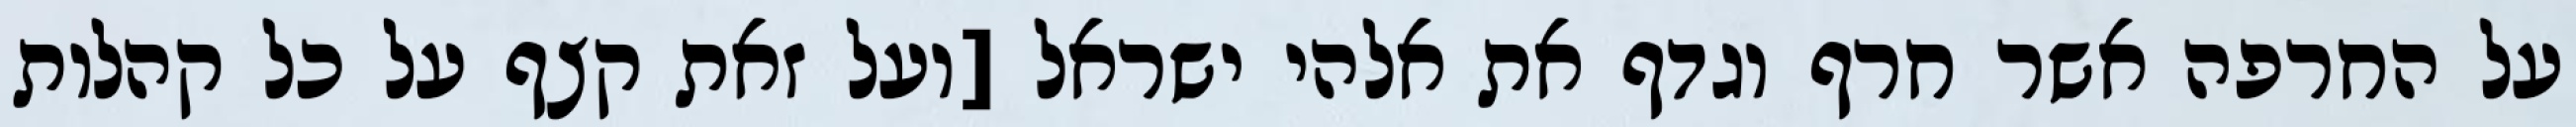
על החרפה אשר חרף וגדף את אלהי ישראל [ועל זאת קצף על כל קהלות